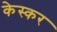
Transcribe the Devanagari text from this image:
केस्कर